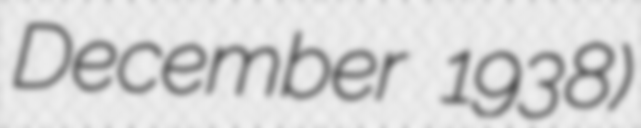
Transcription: December 1938)